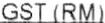
GST (RM)